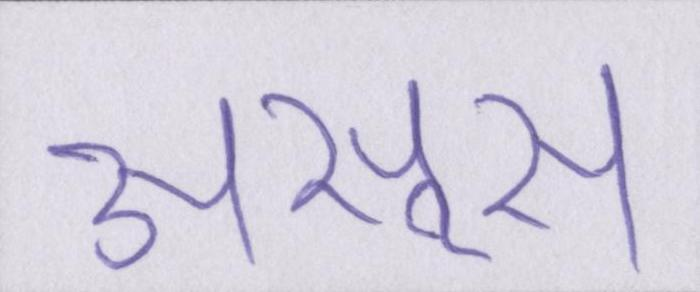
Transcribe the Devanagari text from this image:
असूस